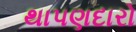
થાપણદારો